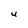
Character: U